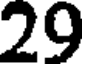
29